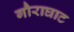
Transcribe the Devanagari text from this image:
गौराघाट